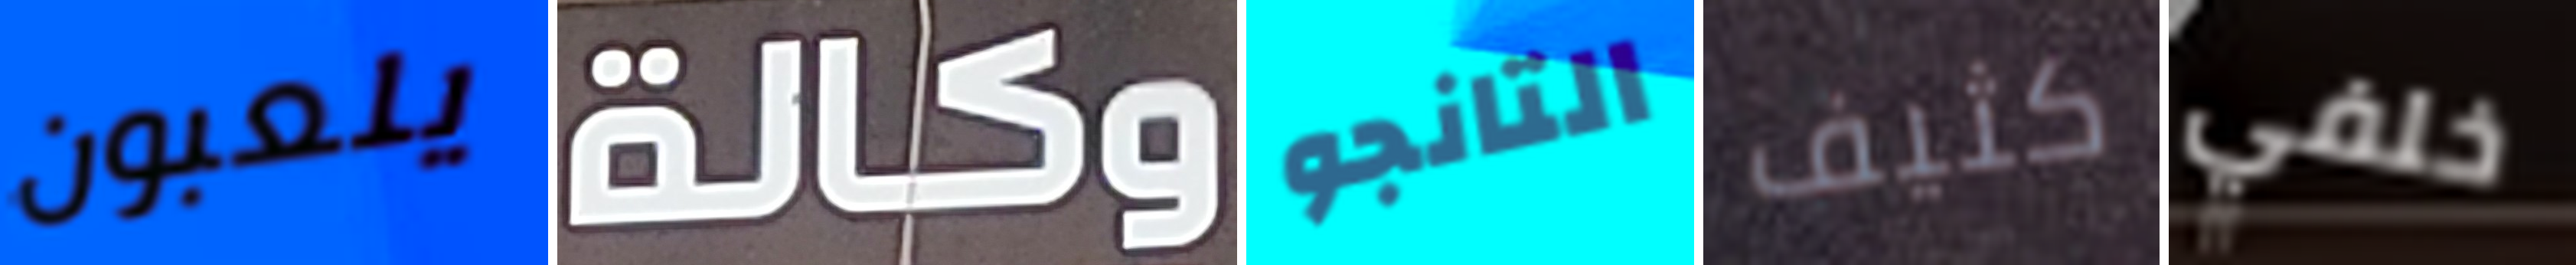
يلعبون وكالة التانجو كثيف خلفي